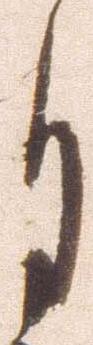
月